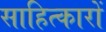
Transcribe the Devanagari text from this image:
साहित्कारों